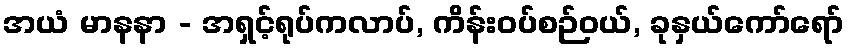
အယံ မာနနာ - အရှင့်ရုပ်ကလာပ်, ကိန်းဝပ်စဉ်ဝယ်, ခုနှယ်ကော်ရော်